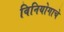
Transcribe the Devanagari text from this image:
विनियोगाचे